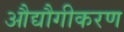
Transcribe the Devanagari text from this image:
औद्यौगीकरण